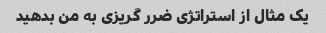
یک مثال از استراتژی ضرر گریزی به من بدهید